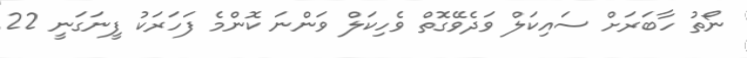
ނޯތު ހާބަރަށް ސައިކަލް ވަދެވޭގޮތް ވެހިކަލް ވަންނަ ކޮންމެ ފަހަރަކު ފީނަގަނީ 22